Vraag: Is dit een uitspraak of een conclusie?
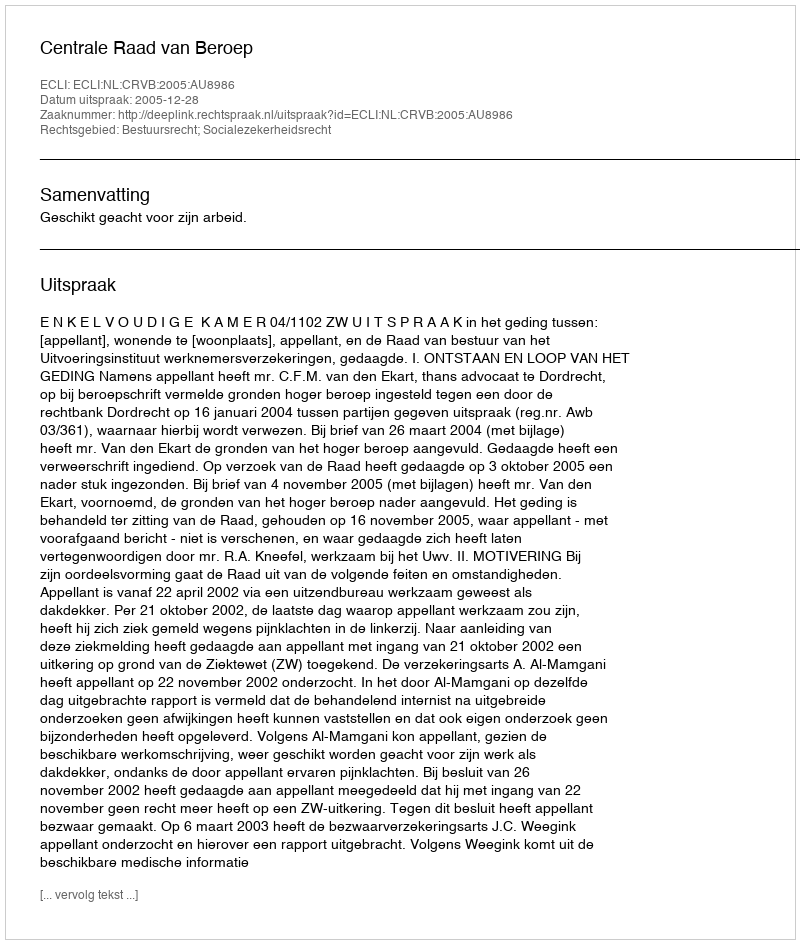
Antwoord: Uitspraak